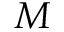
M